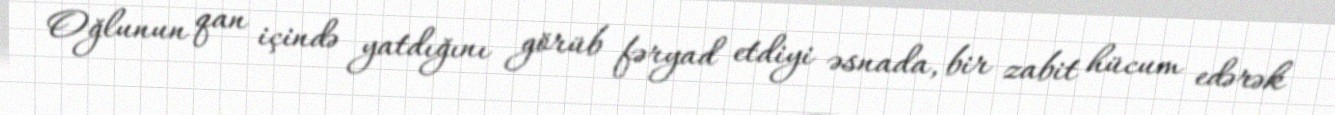
Oğlunun qan içində yatdığını görüb fəryad etdiyi əsnada, bir zabit hücum edərək